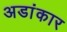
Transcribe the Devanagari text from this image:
अडांकार